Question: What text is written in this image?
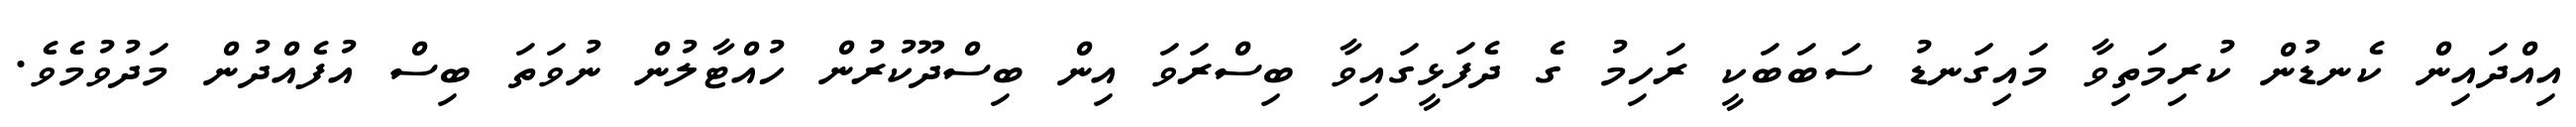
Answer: އިއްދައިން ކެނޑުން ކުރިމަތިވާ މައިގަނޑު ސަބަބަކީ ރަހިމު ގެ ދެފަޅީގައިވާ ބިސްރަވަ އިން ބިސްދޫކުރުން ހުއްޓާލުން ނުވަތަ ބިސް އުފެއްދުން މަދުވުމެވެ.